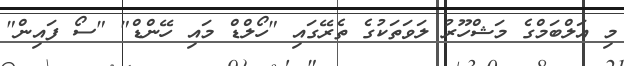
މި އަލްބަމްގެ މަޝްހޫރު ލަވަތަކުގެ ތެރޭގައި "ހޯލްޑް މައި ހޭންޑް" "ސޯ ފައިން"